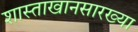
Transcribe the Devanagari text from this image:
शास्ताखानसारख्या